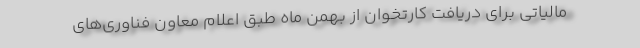
مالیاتی برای دریافت کارتخوان از بهمن ماه طبق اعلام معاون فناوری‌های